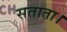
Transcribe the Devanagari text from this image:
सताता।